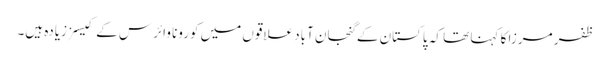
ظفر مرزا کا کہنا تھا کہ پاکستان کے گنجان آباد علاقوں میں کورونا وائرس کے کیسز زیادہ ہیں۔